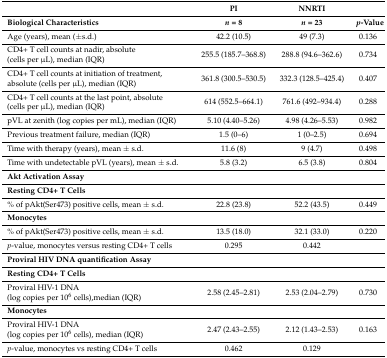
<table><thead><tr><td></td><td><b>PI</b></td><td><b>NNRTI</b></td><td></td></tr><tr><td><b>Biological Characteristics</b></td><td><b><i>n</i> = 8</b></td><td><b><i>n</i> = 23</b></td><td><b><i>p</i>-Value</b></td></tr></thead><tbody><tr><td>Age (years), mean (±s.d.)</td><td>42.2 (10.5)</td><td>49 (7.3)</td><td>0.136</td></tr><tr><td>CD4+ T cell counts at nadir, absolute(cells per μL), median (IQR)</td><td>255.5 (185.7–368.8)</td><td>288.8 (94.6–362.6)</td><td>0.734</td></tr><tr><td>CD4+ T cell counts at initiation of treatment, absolute (cells per μL), median (IQR)</td><td>361.8 (300.5–530.5)</td><td>332.3 (128.5–425.4)</td><td>0.407</td></tr><tr><td>CD4+ T cell counts at the last point, absolute(cells per μL), median (IQR)</td><td>614 (552.5–664.1)</td><td>761.6 (492–934.4)</td><td>0.288</td></tr><tr><td>pVL at zenith (log copies per mL), median (IQR)</td><td>5.10 (4.40–5.26)</td><td>4.98 (4.26–5.53)</td><td>0.982</td></tr><tr><td>Previous treatment failure, median (IQR)</td><td>1.5 (0–6)</td><td>1 (0–2.5)</td><td>0.694</td></tr><tr><td>Time with therapy (years), mean ± s.d.</td><td>11.6 (8)</td><td>9 (4.7)</td><td>0.498</td></tr><tr><td>Time with undetectable pVL (years), mean ± s.d.</td><td>5.8 (3.2)</td><td>6.5 (3.8)</td><td>0.804</td></tr><tr><td><b>Akt Activation Assay</b></td><td></td><td></td><td></td></tr><tr><td><b>Resting CD4+ T Cells</b></td><td></td><td></td><td></td></tr><tr><td>% of pAkt(Ser473) positive cells, mean ± s.d.</td><td>22.8 (23.8)</td><td>52.2 (43.5)</td><td>0.449</td></tr><tr><td><b>Monocytes</b></td><td></td><td></td><td></td></tr><tr><td>% of pAkt(Ser473) positive cells, mean ± s.d.</td><td>13.5 (18.0)</td><td>32.1 (33.0)</td><td>0.220</td></tr><tr><td><i>p</i>-value, monocytes versus resting CD4+ T cells</td><td>0.295</td><td>0.442</td><td></td></tr><tr><td><b>Proviral HIV DNA quantification Assay</b></td><td></td><td></td><td></td></tr><tr><td><b>Resting CD4+ T Cells</b></td><td></td><td></td><td></td></tr><tr><td>Proviral HIV-1 DNA(log copies per 10<sup>6</sup> cells),median (IQR)</td><td>2.58 (2.45–2.81)</td><td>2.53 (2.04–2.79)</td><td>0.730</td></tr><tr><td><b>Monocytes</b></td><td></td><td></td><td></td></tr><tr><td>Proviral HIV-1 DNA(log copies per 10<sup>6</sup> cells), median (IQR)</td><td>2.47 (2.43–2.55)</td><td>2.12 (1.43–2.53)</td><td>0.163</td></tr><tr><td><i>p</i>-value, monocytes vs resting CD4+ T cells</td><td>0.462</td><td>0.129</td><td></td></tr></tbody></table>